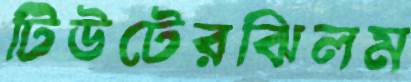
টিউটেরঝিলম